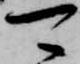
可